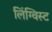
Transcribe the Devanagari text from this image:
लिंग्विस्ट